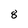
Character: 8